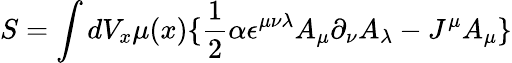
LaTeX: S=\int dV_{x}\mu(x)\lbrace\frac{1}{2}\alpha\epsilon^{\mu\nu\lambda}A_{\mu}\partial_{\nu}A_{\lambda}-J^{\mu}A_{\mu}\rbrace